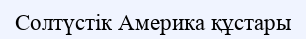
Солтүстік Америка құстары